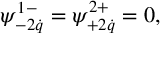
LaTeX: \psi _ { - 2 \dot { q } } ^ { 1 - } = \psi _ { + 2 \dot { q } } ^ { 2 + } = 0 ,